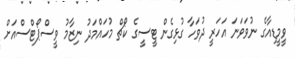
ވީމީޑިއާގެ ނުވަވަނަ އަހަރީ ދުވަހާ ގުޅިގެން ޓީސީގެ ކޯޗް މުހައްމަދު ނިޒާމު ވީސްޕޯޓްސްއަށް